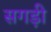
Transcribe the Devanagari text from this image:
सगड़ी